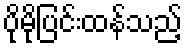
ပိုမိုပြင်းထန်သည့်